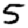
Digit: 5